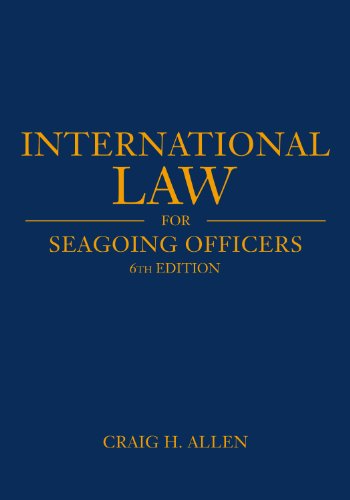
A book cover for International Law for Seagoing Officers: 6th Edition (Blue and Gold); Craig H. Allen; Law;